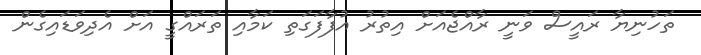
ތަހުނިޔާ ރައީސް ވަނީ ރާއްޖެއަށް އިތުރު އުފާފަގަތި ކަމާއި ތަރައްގީ އަށް އެދިވަޑައިގެން